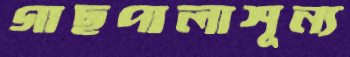
গাছপালাশূন্য